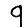
Digit: 9